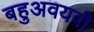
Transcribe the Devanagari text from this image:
बहुअवयवी